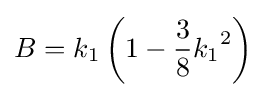
B={k_{1}}\left(1-{\frac {3}{8}}{k_{1}}^{2}\right)